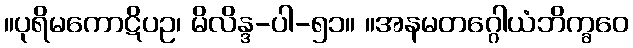
။ပုရိမကောဋိပဥ၊ မိလိန္ဒ-ပါ-၅၁။ ။အနမတဂ္ဂေါယံဘိက္ခဝေ